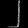
Digit: ၂